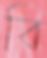
বি